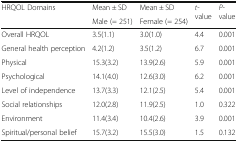
<table><thead><tr><td rowspan="2"><b>HRQOL Domains</b></td><td><b>Mean ± SD</b></td><td><b>Mean ± SD</b></td><td rowspan="2"><b><i>t</i>-value</b></td><td rowspan="2"><b><i>P</i>-value</b></td></tr><tr><td><b>Male (= 251)</b></td><td><b>Female (= 254)</b></td></tr></thead><tbody><tr><td>Overall HRQOL</td><td>3.5(1.1)</td><td>3.0(1.0)</td><td>4.4</td><td>0.001</td></tr><tr><td>General health perception</td><td>4.2(1.2)</td><td>3.5(1.2)</td><td>6.7</td><td>0.001</td></tr><tr><td>Physical</td><td>15.3(3.2)</td><td>13.9(2.6)</td><td>5.9</td><td>0.001</td></tr><tr><td>Psychological</td><td>14.1(4.0)</td><td>12.6(3.0)</td><td>6.2</td><td>0.001</td></tr><tr><td>Level of independence</td><td>13.7(3.3)</td><td>12.1(2.5)</td><td>5.4</td><td>0.001</td></tr><tr><td>Social relationships</td><td>12.0(2.8)</td><td>11.9(2.5)</td><td>1.0</td><td>0.322</td></tr><tr><td>Environment</td><td>11.4(3.4)</td><td>10.4(2.6)</td><td>3.9</td><td>0.001</td></tr><tr><td>Spiritual/personal belief</td><td>15.7(3.2)</td><td>15.5(3.0)</td><td>1.5</td><td>0.132</td></tr></tbody></table>